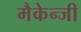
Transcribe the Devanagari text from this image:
मैकेन्जी